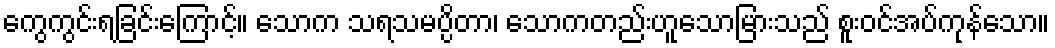
ကွေကွင်းရခြင်းကြောင့်။ သောက သရသမပ္ပိတာ၊ သောကတည်းဟူသောမြားသည် စူးဝင်အပ်ကုန်သော။